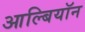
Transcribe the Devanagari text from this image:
आल्बियॉन